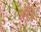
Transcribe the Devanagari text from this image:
लीे